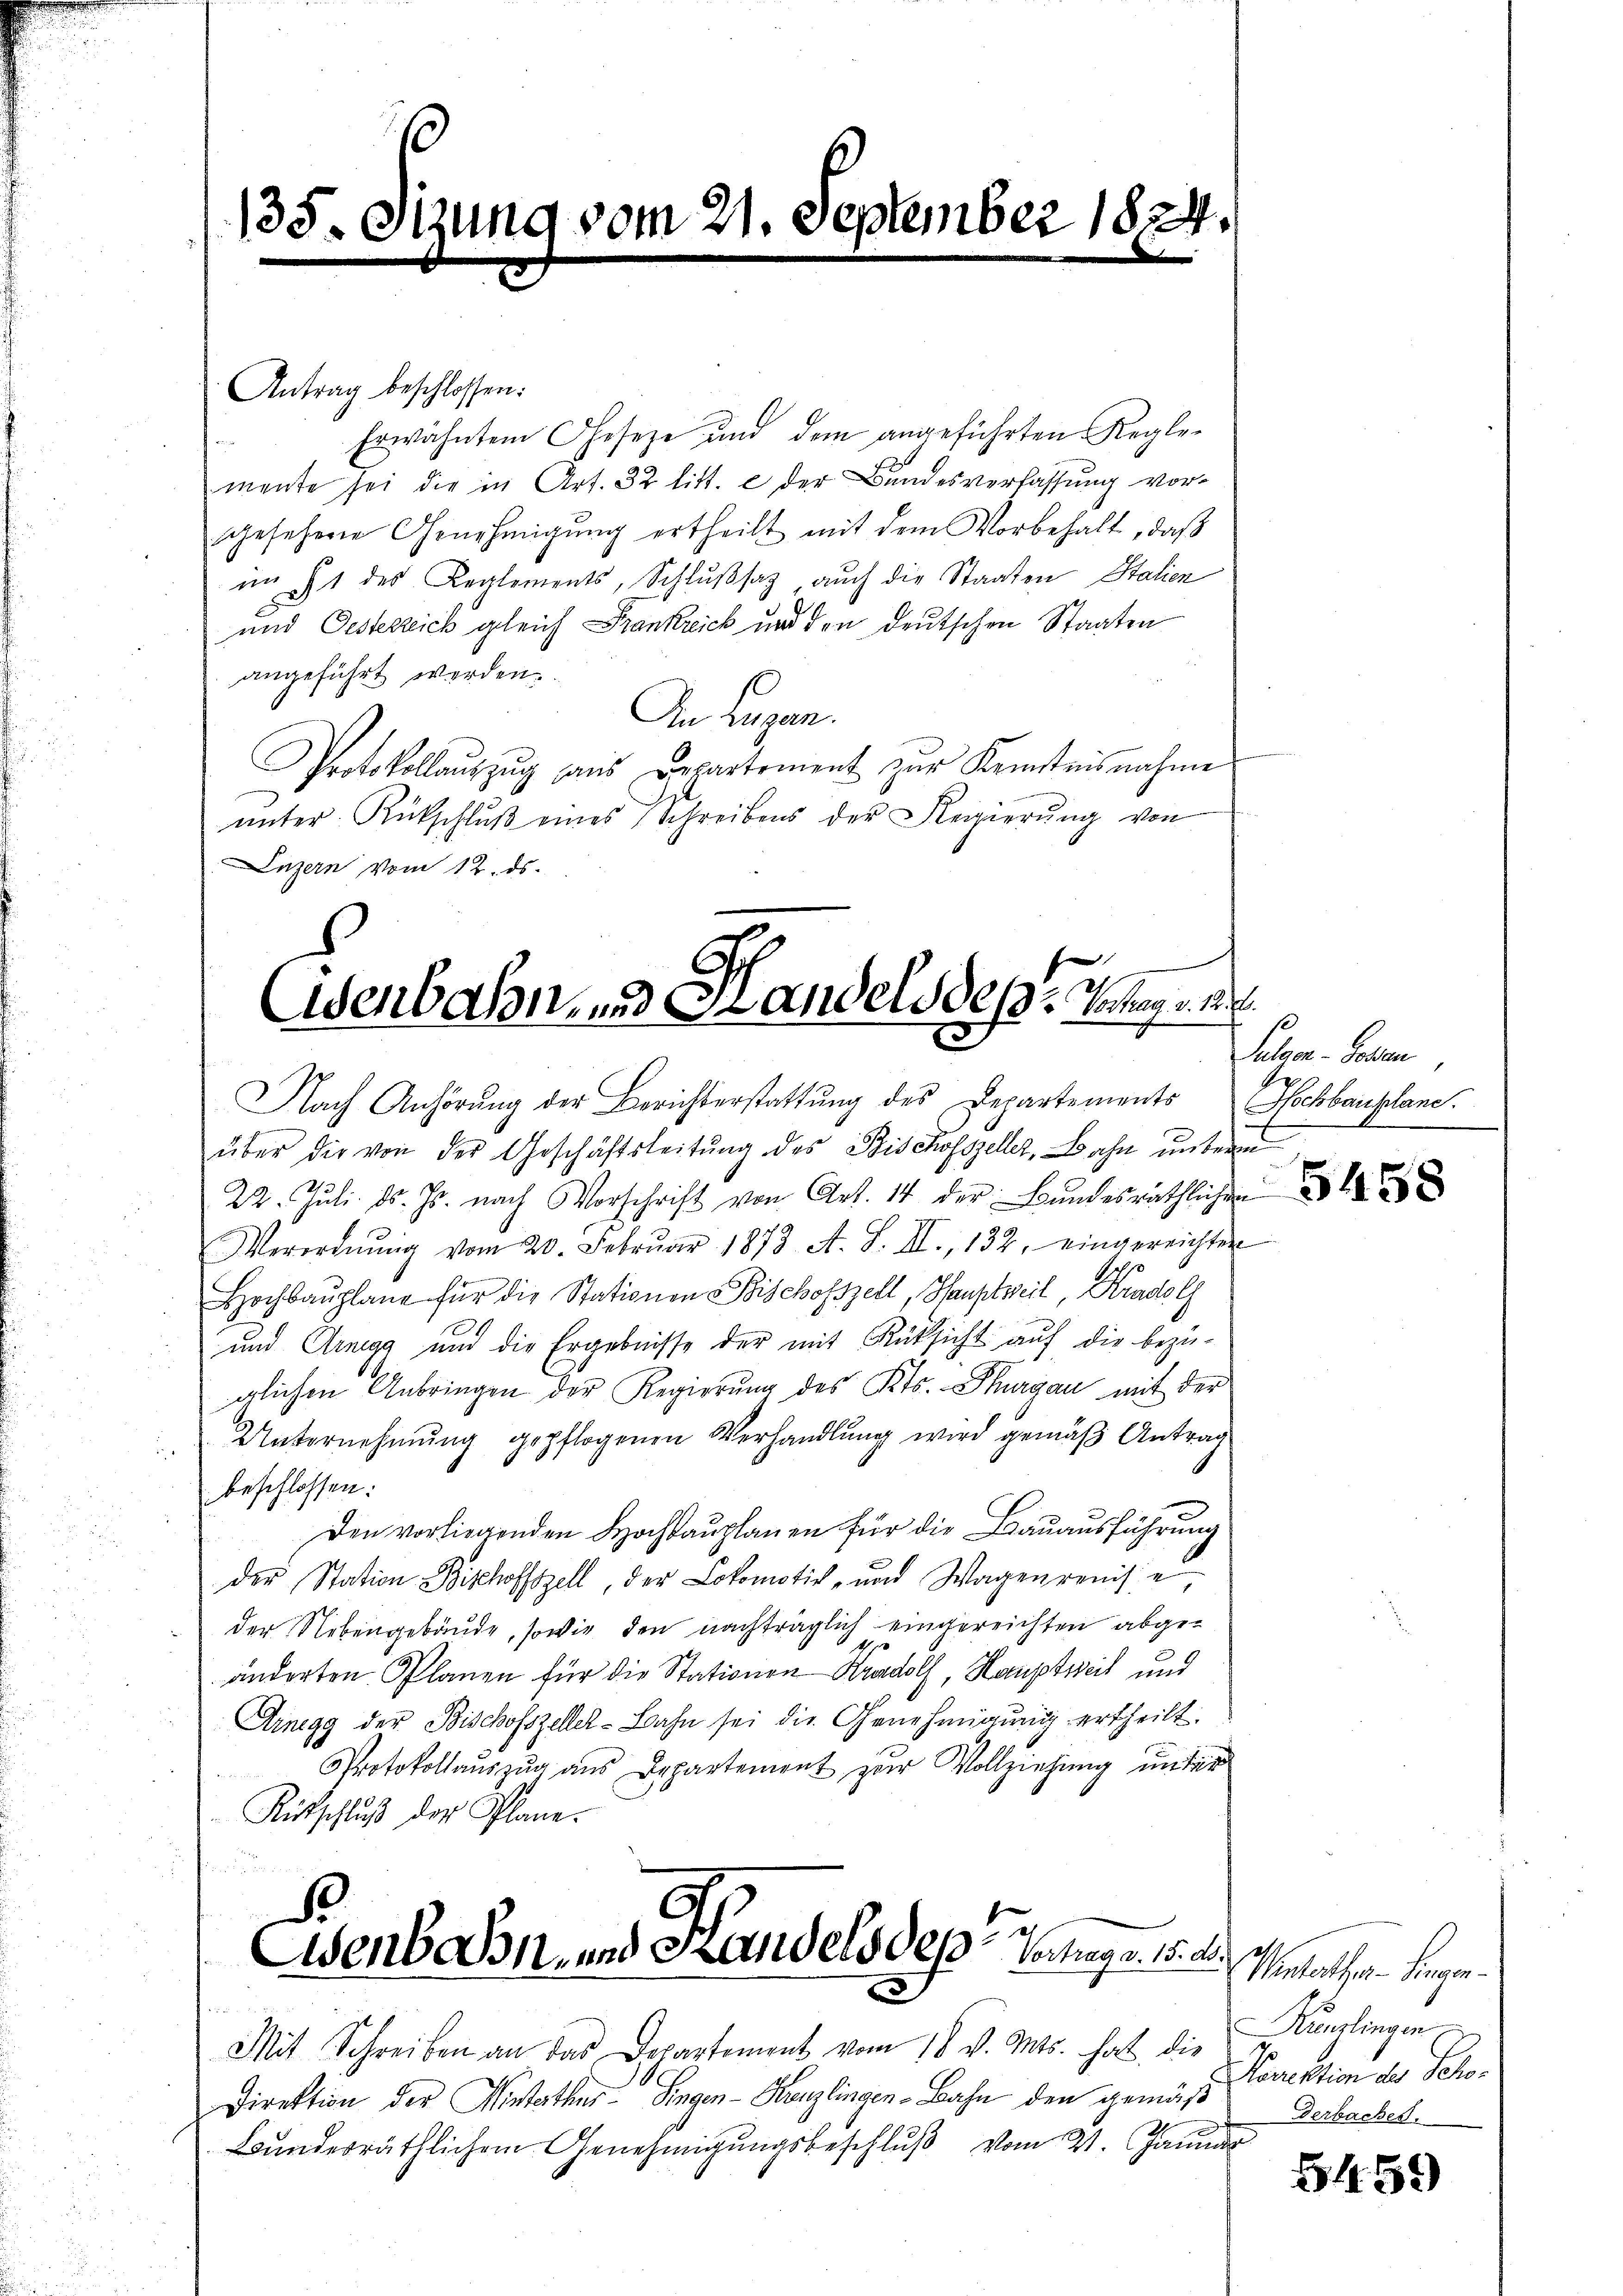
Antrag beschlossen:
Erwähnten Geseze und dem angeführten Regle-
mente sei die in Art. 32 litt. e der Bundesverfassung vorgesehene Genehmigŭng ertheilt mit dem Vorbehalt, daβ
im It des Reglements, Schlußsaz, auch die Staaten Stalien
und Oesterreich gleich Frankrick und den deutschen Staaten
angeführt werden.
An Lugan.
Protokollaŭszŭg aŭs Departement zŭr Kenntnisnahme
ŭnter Rückschlŭβ eines Schreibens der Regierŭng von
Luzern vom 12. ds.

135. Otzung vom 21. September 1824.

G
Eisenbahn- und Landels des Vortrag v. 2. d.
Nach Anhörung der Berichterstattung des Departements Hochbauplane.

über die von der Geschäftsleitŭng des Bischofszeller, Bahn unterm
22. Jŭli d. Js. nach Vorschrift von Art. 14 der Bŭndesräthlichen
Verordnŭng vom 20. Febrŭar 1873 A. S. II., 132. eingereichten
Hochbaŭplane für die Stationen Bischofszell, Hauptweil, Kradolf
und Arnegg und die Ergebnisse der mit Rücksicht auf die bezuglichen Anbringen der Regierung des Kts. Thurgau mit der
Unternehmung gepflogenen Verhandlung wird gemäß Antrag
beschlossen:
Den vorliegenden Hochdauplanen für die Bauausführung
der Station Bischoffszell, der Lokomotich- und Wagenrenis
der Nebengebäude, sowie den nachträglich eingereichten abgeänderten Planen für die Stationen Krandolf, Hauptweil und
Arnegg der Bischofszeller-Bahn sei die Genehmigŭng ertheilt.
Protokollauszug aus Departement zur Vollziehung unter
Rütschluß der Plane.

S
t
Esenbahn- und Handels des Vortrag v. 15. d.
.

Mit Schreiben an das Departement vom 18. v. Mts. hat, die Kunslingen
Direktion der Winterthur–Singen-Kanzlingen-Bahn den gemäß
Bŭndesräthlichem Genehmigŭngsbeschlŭβ vom 31. Januar

Salver - Gotten

estatthar. Singen
Norektion der Scho¬
Derbaches,

5459